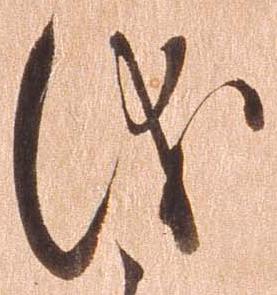
儀